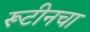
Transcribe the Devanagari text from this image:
रूटीनचा